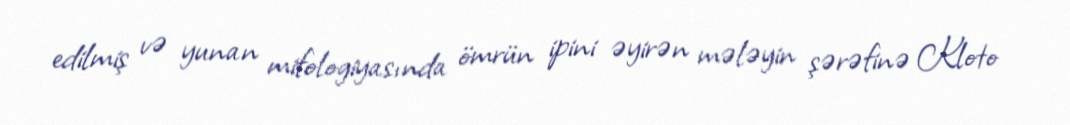
edilmiş və yunan mifologiyasında ömrün ipini əyirən mələyin şərəfinə Kloto